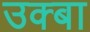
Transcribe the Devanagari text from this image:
उक्बा